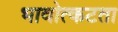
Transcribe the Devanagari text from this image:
भावोत्कटता